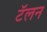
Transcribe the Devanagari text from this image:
टॅलन